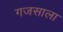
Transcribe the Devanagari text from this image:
गजसाला